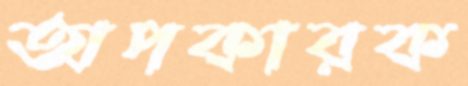
অপকারক